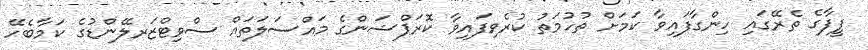
ފީފާގެ ތެރޭގައި ހިންގާފައިވާ ކަމަށް ތުހުމަތު ކުރެވިފައިވާ ކޮރަޕްޝަންގެ މައްސަލަތައް ސްވިޓްޒަރލޭންޑުގެ ކަމާބެހޭ